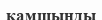
қамшыңды